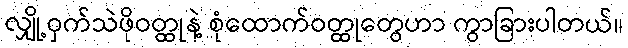
လျှို့ဝှက်သဲဖိုဝတ္ထုနဲ့ စုံထောက်ဝတ္ထုတွေဟာ ကွာခြားပါတယ်။